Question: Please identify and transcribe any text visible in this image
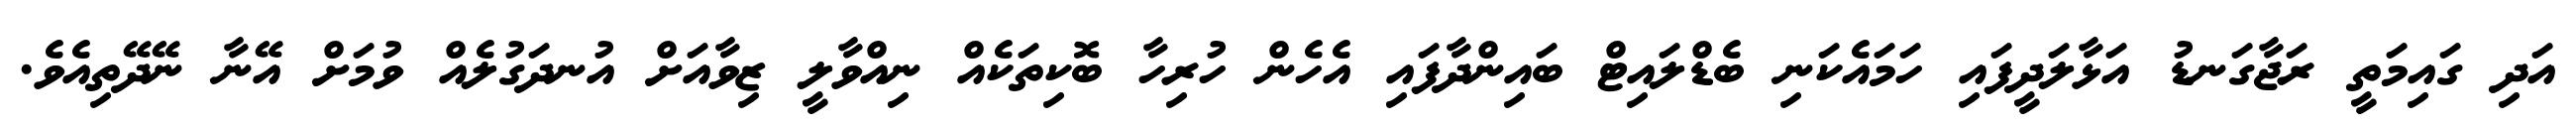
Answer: އަދި ގައިމަތީ ރަޖާގަނޑު އަޅާލަދީފައި ހަމައެކަނި ބެޑްލައިޓް ބައިންދާފައި އެހެން ހުރިހާ ބޮކިތަކެއް ނިއްވާލީ ޒިވާއަށް އުނދަގުލެއް ވުމަށް އޭނާ ނޭދޭތިއެވެ.